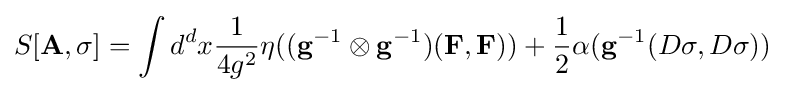
S[\mathbf {A} ,\sigma ]=\int d^{d}x{\frac {1}{4g^{2}}}\eta ((\mathbf {g} ^{-1}\otimes \mathbf {g} ^{-1})(\mathbf {F} ,\mathbf {F} ))+{\frac {1}{2}}\alpha (\mathbf {g} ^{-1}(D\sigma ,D\sigma ))